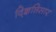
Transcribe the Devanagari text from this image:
वि्ज्ञप्तिसार